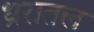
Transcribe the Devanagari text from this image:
ध्ररातल